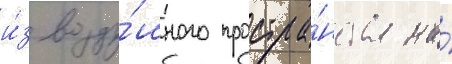
и́з возду́шного простра́нства на́